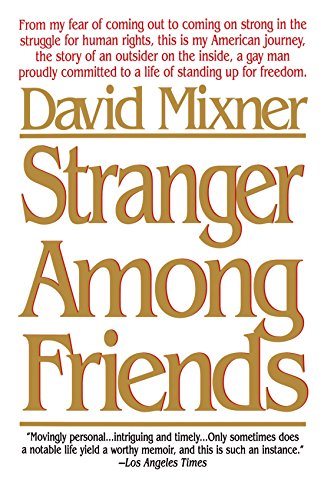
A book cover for Stranger Among Friends; David Mixner; Gay & Lesbian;